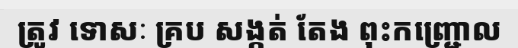
ត្រូវ ទោសៈ គ្រប សង្កត់ តែង ពុះកញ្ជ្រោល